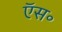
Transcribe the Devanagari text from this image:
ऍस॰